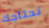
نحتاجك